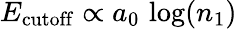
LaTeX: E_{\mathrm{cutoff}}\propto a_{0}\, \log(n_{1})